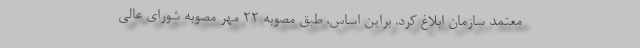
معتمد سازمان ابلاغ کرد. براین اساس، طبق مصوبه 22 مهر مصوبه شورای عالی